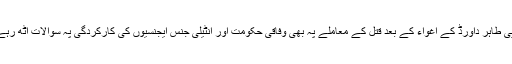
ایس پی طاہر داورڈ کے اغواء کے بعد قتل کے معاملے پہ بھی وفاقی حکومت اور انٹیلی جنس ایجنسیوں کی کارکردگی پہ سوالات اٹھ رہے ہیں۔